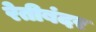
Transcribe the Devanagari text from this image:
रेतीबंदर